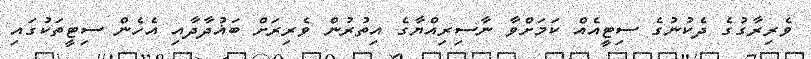
ވެރިރާގުގެ ދެކުނުގެ ސިޓީއެއް ކަމަށްވާ ނާސިރިއްޔާގެ އިތުރުން ވެރިރަށް ބަޣުދާދާއި އެހެން ސިޓީތަކުގައި